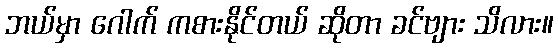
ဘယ်မှာ ဂေါက် ကစားနိုင်တယ် ဆိုတာ ခင်ဗျား သိလား။